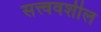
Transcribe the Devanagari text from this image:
सत्त्ववशील